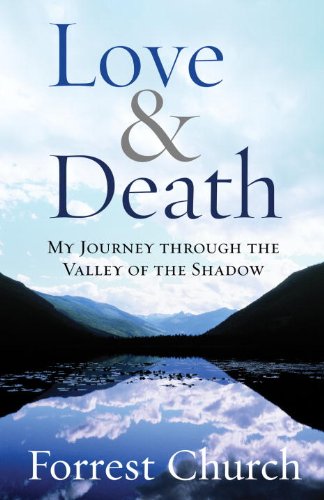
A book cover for Love & Death: My Journey through the Valley of the Shadow; Forrest Church; Religion & Spirituality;